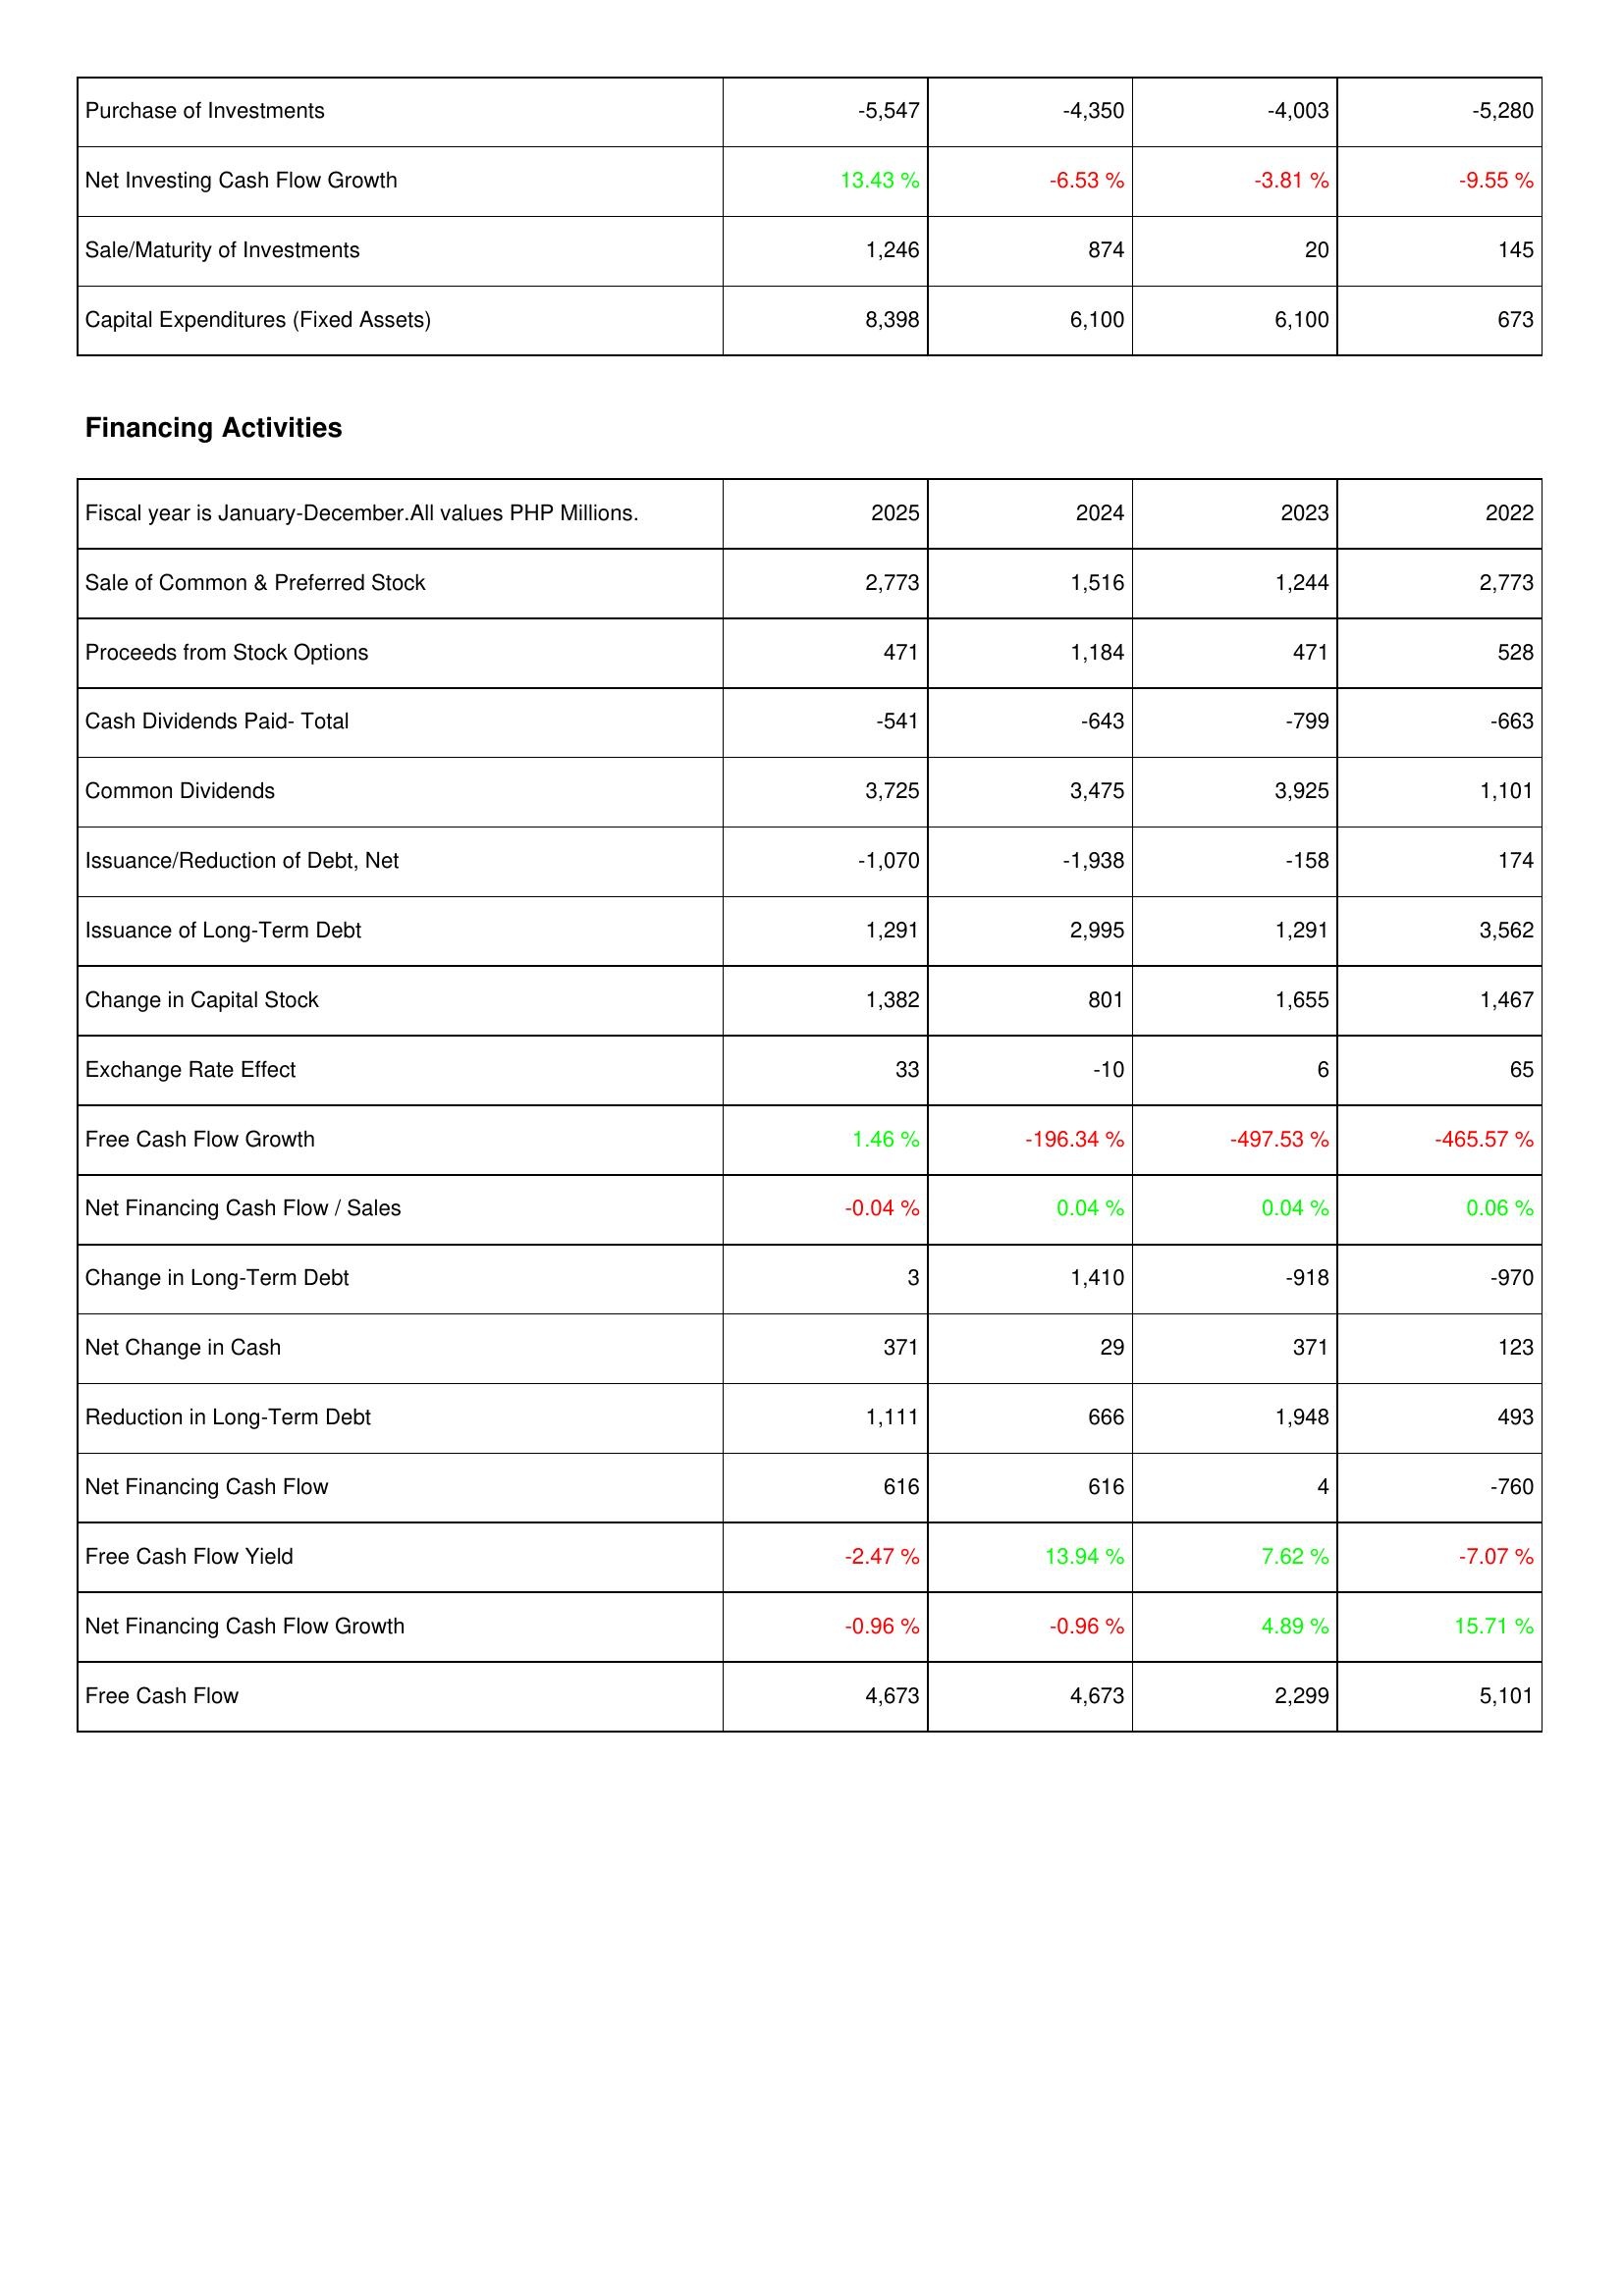
2025: Investing Activities: Purchase of Investments: -5,547
Net Investing Cash Flow Growth: 13.43 %
Sale/Maturity of Investments: 1,246
Capital Expenditures (Fixed Assets): 8,398
Financing Activities: Sale of Common & Preferred Stock: 2,773
Proceeds from Stock Options: 471
Cash Dividends Paid- Total: -541
Common Dividends: 3,725
Issuance/Reduction of Debt, Net: -1,070
Issuance of Long-Term Debt: 1,291
Change in Capital Stock: 1,382
Exchange Rate Effect: 33
Free Cash Flow Growth: 1.46 %
Net Financing Cash Flow / Sales: -0.04 %
Change in Long-Term Debt: 3
Net Change in Cash: 371
Reduction in Long-Term Debt: 1,111
Net Financing Cash Flow: 616
Free Cash Flow Yield: -2.47 %
Net Financing Cash Flow Growth: -0.96 %
Free Cash Flow: 4,673
2024: Investing Activities: Purchase of Investments: -4,350
Net Investing Cash Flow Growth: -6.53 %
Sale/Maturity of Investments: 874
Capital Expenditures (Fixed Assets): 6,100
Financing Activities: Sale of Common & Preferred Stock: 1,516
Proceeds from Stock Options: 1,184
Cash Dividends Paid- Total: -643
Common Dividends: 3,475
Issuance/Reduction of Debt, Net: -1,938
Issuance of Long-Term Debt: 2,995
Change in Capital Stock: 801
Exchange Rate Effect: -10
Free Cash Flow Growth: -196.34 %
Net Financing Cash Flow / Sales: 0.04 %
Change in Long-Term Debt: 1,410
Net Change in Cash: 29
Reduction in Long-Term Debt: 666
Net Financing Cash Flow: 616
Free Cash Flow Yield: 13.94 %
Net Financing Cash Flow Growth: -0.96 %
Free Cash Flow: 4,673
2023: Investing Activities: Purchase of Investments: -4,003
Net Investing Cash Flow Growth: -3.81 %
Sale/Maturity of Investments: 20
Capital Expenditures (Fixed Assets): 6,100
Financing Activities: Sale of Common & Preferred Stock: 1,244
Proceeds from Stock Options: 471
Cash Dividends Paid- Total: -799
Common Dividends: 3,925
Issuance/Reduction of Debt, Net: -158
Issuance of Long-Term Debt: 1,291
Change in Capital Stock: 1,655
Exchange Rate Effect: 6
Free Cash Flow Growth: -497.53 %
Net Financing Cash Flow / Sales: 0.04 %
Change in Long-Term Debt: -918
Net Change in Cash: 371
Reduction in Long-Term Debt: 1,948
Net Financing Cash Flow: 4
Free Cash Flow Yield: 7.62 %
Net Financing Cash Flow Growth: 4.89 %
Free Cash Flow: 2,299
2022: Investing Activities: Purchase of Investments: -5,280
Net Investing Cash Flow Growth: -9.55 %
Sale/Maturity of Investments: 145
Capital Expenditures (Fixed Assets): 673
Financing Activities: Sale of Common & Preferred Stock: 2,773
Proceeds from Stock Options: 528
Cash Dividends Paid- Total: -663
Common Dividends: 1,101
Issuance/Reduction of Debt, Net: 174
Issuance of Long-Term Debt: 3,562
Change in Capital Stock: 1,467
Exchange Rate Effect: 65
Free Cash Flow Growth: -465.57 %
Net Financing Cash Flow / Sales: 0.06 %
Change in Long-Term Debt: -970
Net Change in Cash: 123
Reduction in Long-Term Debt: 493
Net Financing Cash Flow: -760
Free Cash Flow Yield: -7.07 %
Net Financing Cash Flow Growth: 15.71 %
Free Cash Flow: 5,101